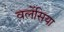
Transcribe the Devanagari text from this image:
वलेंसिया